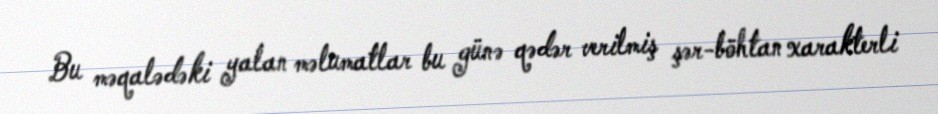
Bu məqalədəki yalan məlumatlar bu günə qədər verilmiş şər-böhtan xarakterli